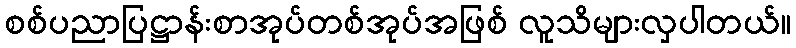
စစ်ပညာပြဋ္ဌာန်းစာအုပ်တစ်အုပ်အဖြစ် လူသိများလှပါတယ်။